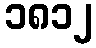
၁၈၁၂